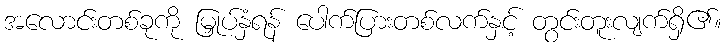
အလောင်းတစ်ခုကို မြှုပ်နှံရန် ပေါက်ပြားတစ်လက်နှင့် တွင်းတူးလျက်ရှိ၏။